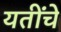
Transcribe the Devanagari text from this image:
यतींचे